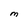
Character: M